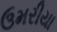
ઉમરીયા